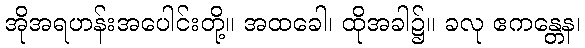
အိုအရဟန်းအပေါင်းတို့။ အထခေါ၊ ထိုအခါ၌။ ခလု ဧကန္တေန၊